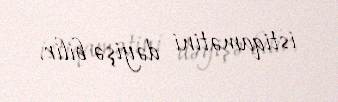
istiqamətini dəyişə bilir.